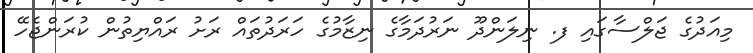
މިއަދުގެ ޖަލްސާގައި ފ. ނިލަންދޫ ނަރުދަމާގެ ނިޒާމުގެ ހަރަދުތައް ރަށު ރައްޔިތުން ކުރަންޖެހޭ